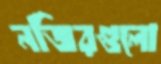
নজিরগুলো